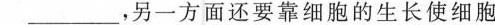
\underline，另一方面还要靠细胞的生长使细胞的